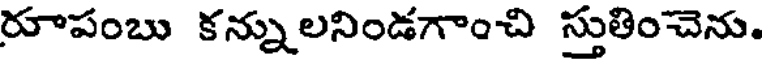
రూపంబు కన్నులనిండగాంచి స్తుతించెను.